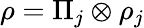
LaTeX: \rho=\Pi_{j}\otimes\rho_{j}